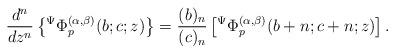
LaTeX: \begin{align*}\frac{d^{n}}{dz^{n}}\left\lbrace {}^{\Psi}\Phi_{p}^{(\alpha,\beta)}(b;c;z)\right\rbrace =\frac{(b)_{n}}{(c)_{n}}\left[ {}^{\Psi}\Phi_{p}^{(\alpha,\beta)}(b+n;c+n;z)\right].\end{align*}